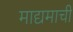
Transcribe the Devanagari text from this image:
माद्यमाची